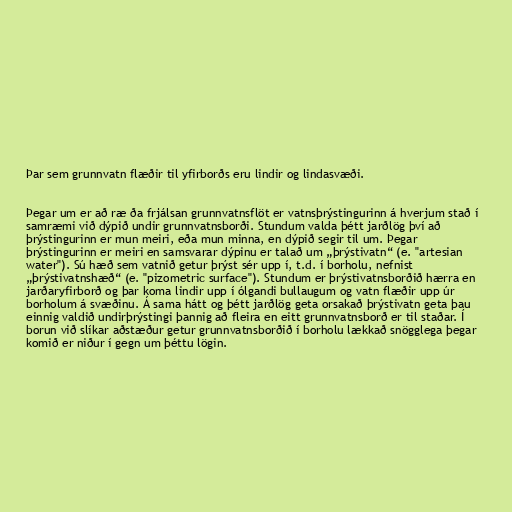
Þar sem grunnvatn flæðir til yfirborðs eru lindir og lindasvæði.

Þegar um er að ræ ða frjálsan grunnvatnsflöt er vatnsþrýstingurinn á hverjum stað í
samræmi við dýpið undir grunnvatnsborði. Stundum valda þétt jarðlög því að
þrýstingurinn er mun meiri, eða mun minna, en dýpið segir til um. Þegar
þrýstingurinn er meiri en samsvarar dýpinu er talað um „þrýstivatn“ (e. "artesian
water"). Sú hæð sem vatnið getur þrýst sér upp í, t.d. í borholu, nefnist
„þrýstivatnshæð“ (e. "pizometric surface"). Stundum er þrýstivatnsborðið hærra en
jarðaryfirborð og þar koma lindir upp í ólgandi bullaugum og vatn flæðir upp úr
borholum á svæðinu. Á sama hátt og þétt jarðlög geta orsakað þrýstivatn geta þau
einnig valdið undirþrýstingi þannig að fleira en eitt grunnvatnsborð er til staðar. Í
borun við slíkar aðstæður getur grunnvatnsborðið í borholu lækkað snögglega þegar
komið er niður í gegn um þéttu lögin.